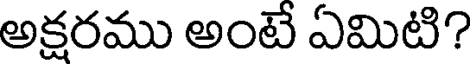
అక్షరము అంటే ఏమిటి?